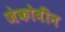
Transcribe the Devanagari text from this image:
जेकोबीन